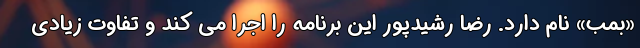
«بمب» نام دارد. رضا رشیدپور این برنامه را اجرا می کند و تفاوت زیادی